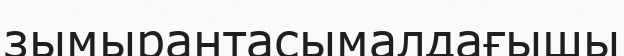
зымырантасымалдағышы